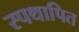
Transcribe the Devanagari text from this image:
स्पथापित